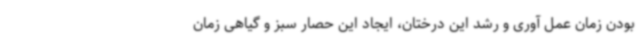
بودن زمان عمل آوری و رشد این درختان، ایجاد این حصار سبز و گیاهی زمان